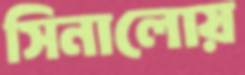
সিনালোয়